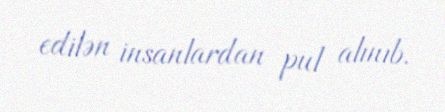
edilən insanlardan pul alınıb.